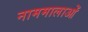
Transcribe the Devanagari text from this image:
नाममालाओं